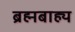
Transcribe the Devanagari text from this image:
ब्रह्मबाह्य